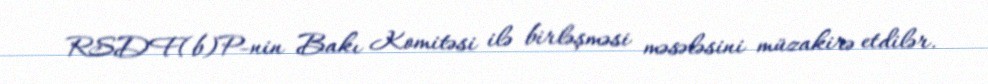
RSDF(b)P-nin Bakı Komitəsi ilə birləşməsi məsələsini müzakirə etdilər.